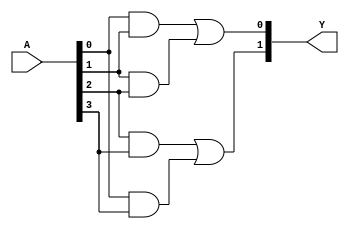
module FusedPAL (
    input wire [N-1:0] A, // N input signals
    output wire [M-1:0] Y // M output signals
);

// Parameter definitions
parameter N = 4; // Number of inputs (A, B, C, D, etc.)
parameter M = 2; // Number of outputs (Y1, Y2, etc.)
parameter P = 4; // Number of programmable AND gates

// Internal wires for AND gate outputs
wire [P-1:0] and_out;

// Programmable AND array
// Each AND gate can be programmed to connect any subset of inputs
generate
    genvar i;
    for (i = 0; i < P; i = i + 1) begin : and_array
        // Example programming: 
        // You can customize the connections based on your requirements
        // Here, we assume a simple configuration for demonstration
        case (i)
            0: assign and_out[i] = A[0] & A[1]; // AND gate 0
            1: assign and_out[i] = A[1] & A[2]; // AND gate 1
            2: assign and_out[i] = A[2] & A[3]; // AND gate 2
            3: assign and_out[i] = A[0] & A[3]; // AND gate 3
            default: assign and_out[i] = 1'b0;   // Default case
        endcase
    end
endgenerate

// Fixed OR array
// Each output is a combination of the outputs from the AND gates
assign Y[0] = and_out[0] | and_out[1]; // Output Y1
assign Y[1] = and_out[2] | and_out[3]; // Output Y2

endmodule